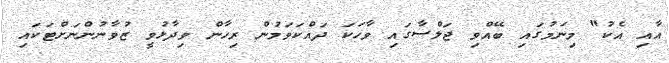
އާއި އެކު" މިނަމުގައި ބޭއްވި ޖަލްސާގައި ވާހަކަ ދައްކަވަމުން ރިހާން ވިދާޅުވީ ޒުވާނުންނަށްޓަކައި